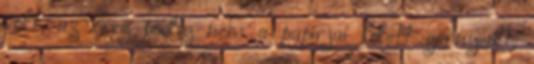
volt, az öreg pedig nem a papírjai felett görnyedt,